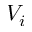
V _ { i }